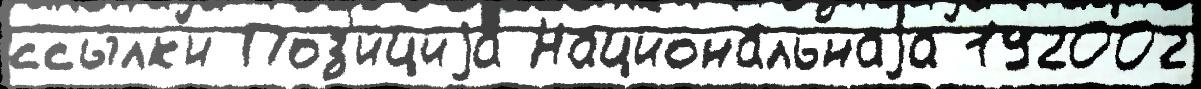
ссы́лк'и Поз'и́циjа Национа́льнаjа 192002